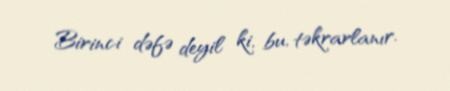
Birinci dəfə deyil ki, bu, təkrarlanır.